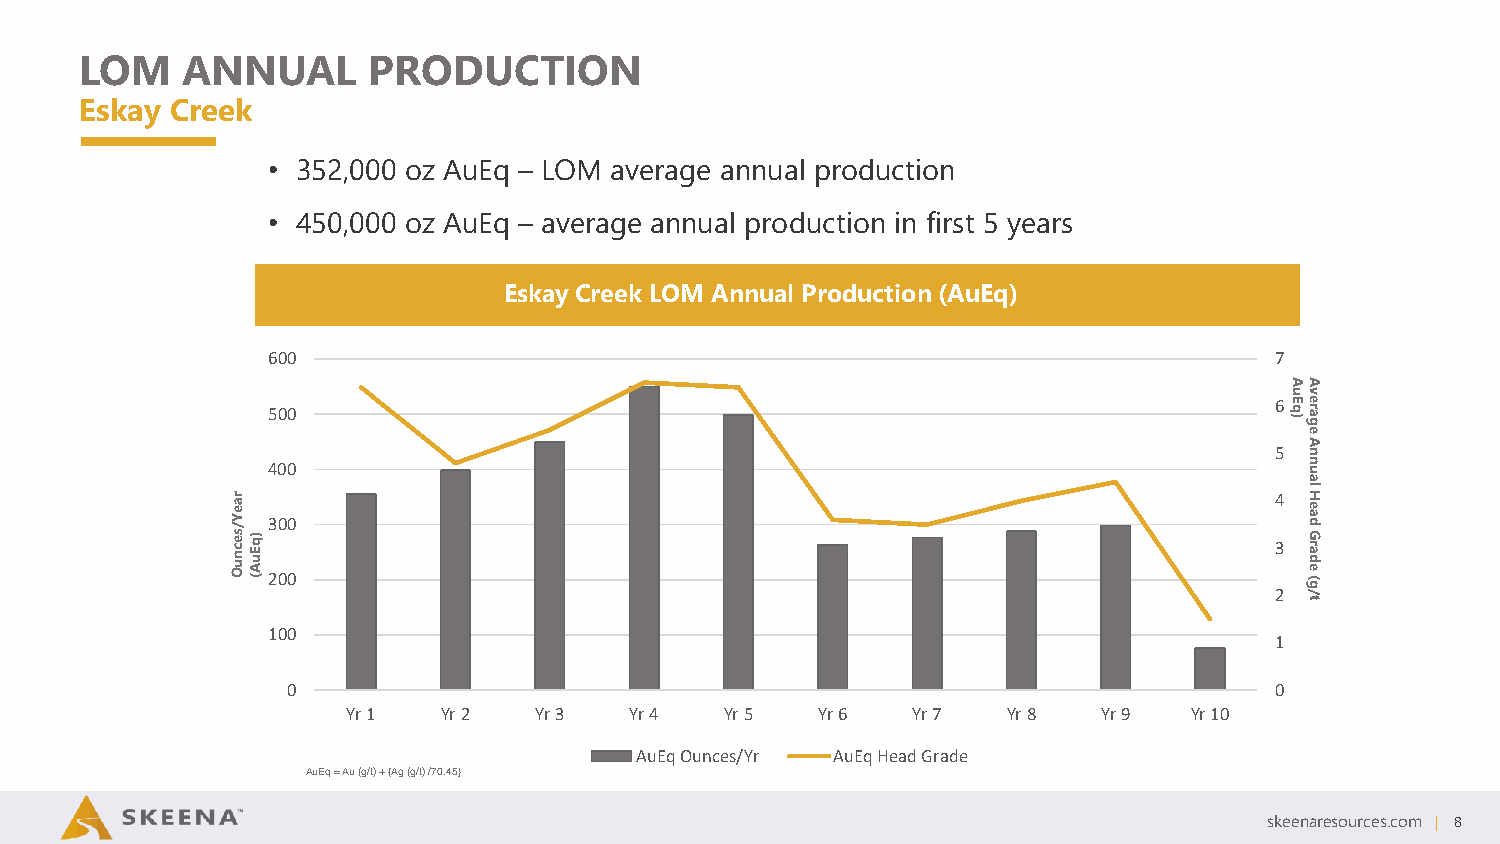
LOM    ANNUAL      PRODUCTION
 Eskay Creek
 • 352,000 oz AuEq – LOM average annual production
 • 450,000 oz AuEq – average annual production in first 5 years
 Eskay Creek LOM Annual Production (AuEq)
 600                                                               7
 AA
 uv
 500
 6 )qE gare
 e
 A
 5  n
 400                                                                  un
 a
 ra
 e
 Y /
 s e
 c n u
 O)q
 E u A
 (23 00 00
 34
 g(
 edarG
 daeH
 l
 2  /
 t
 100
 1
 0                                                                0
 Yr 1  Yr 2  Yr 3   Yr 4  Yr 5  Yr 6  Yr 7   Yr 8  Yr 9  Yr 10
 AuEq Ounces/Yr AuEq Head Grade
 AuEq= Au (g/t) + {Ag (g/t) /70.45}
 skeenaresources.com | 8